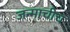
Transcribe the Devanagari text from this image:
जन्माचीच